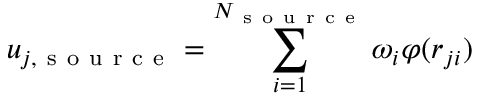
u _ { j , \mathrm { ~ s ~ o ~ u ~ r ~ c ~ e ~ } } = \sum _ { i = 1 } ^ { N _ { \mathrm { ~ s ~ o ~ u ~ r ~ c ~ e ~ } } } \omega _ { i } \varphi ( r _ { j i } )